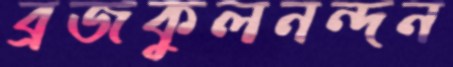
ব্রজকুলনন্দন